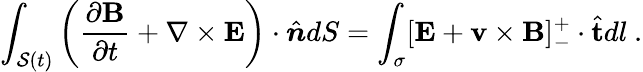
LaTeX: \int_{\mathcal{S}(t)}\left(\frac{\partial\mathbf{B}}{\partial t}+\mathbf{\nabla}\times\mathbf{E}\right)\cdot\hat{\boldsymbol{n}}dS=\int_{\sigma}[\mathbf{E}+\mathbf{v}\times\mathbf{B}]_{-}^{+}\cdot\hat{\mathbf{t}}dl~.